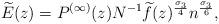
LaTeX: \begin{align*}\widetilde{E}(z) = P^{(\infty)}(z) N^{-1} \widetilde{f}(z)^{\frac{\sigma_{3}}{4}}n^{\frac{\sigma_{3}}{6}},\end{align*}